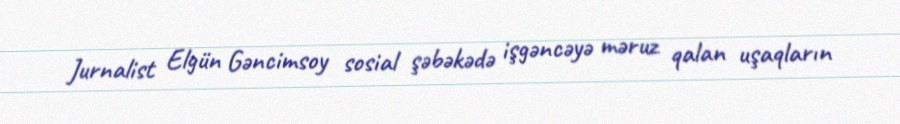
Jurnalist Elgün Gəncimsoy sosial şəbəkədə işgəncəyə məruz qalan uşaqların